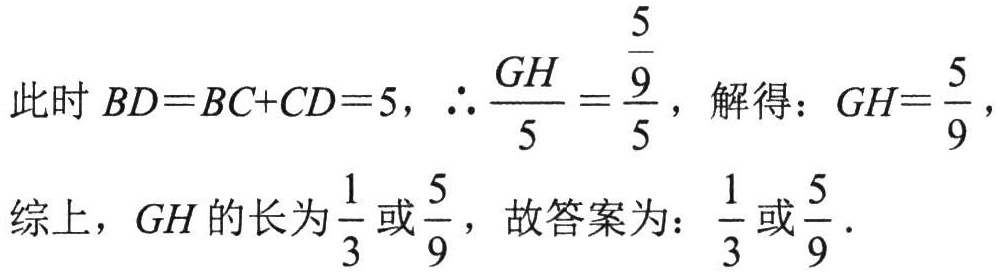
此时 \(BD = BC + CD = 5\)，\(\therefore \frac{GH}{5}=\frac{\frac{5}{9}}{5}\)，解得：\(GH = \frac{5}{9}\)，

综上，\(GH\) 的长为 \(\frac{1}{3}\) 或 \(\frac{5}{9}\)，故答案为：\(\frac{1}{3}\) 或 \(\frac{5}{9}\)．